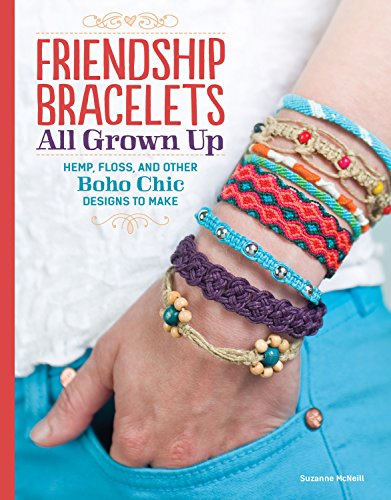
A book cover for Friendship Bracelets: All Grown Up: Hemp, Floss, and Other Boho Chic Designs to Make; Suzanne McNeill; Crafts, Hobbies & Home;